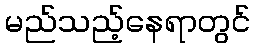
မည်သည့်နေရာတွင်